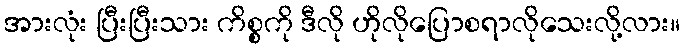
အားလုံး ပြီးပြီးသား ကိစ္စကို ဒီလို ဟိုလိုပြောစရာလိုသေးလို့လား။